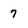
Character: 7